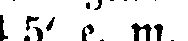
4,5' e. m.